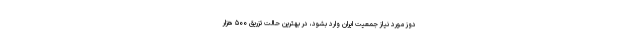
دوز مورد نیاز جمعیت ایران وارد بشود، در بهترین حالت تزریق ۵۰۰ هزار